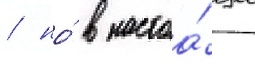
/ но́ в настоа́щее